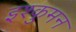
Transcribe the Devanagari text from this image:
इश्कुमन